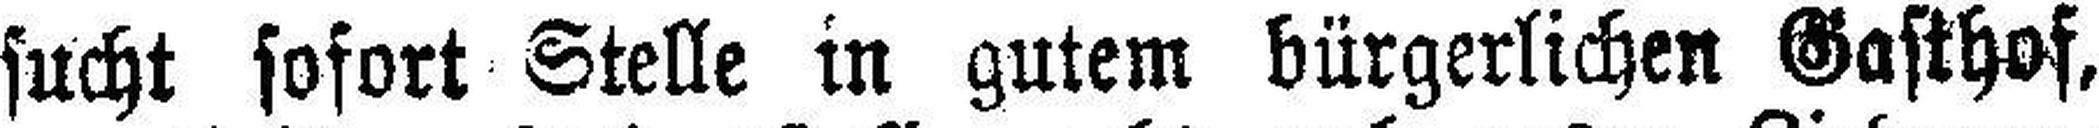
sucht sofort Stelle in gutem bürgerlichen Gasthof,